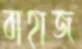
বাহাজ